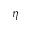
\eta